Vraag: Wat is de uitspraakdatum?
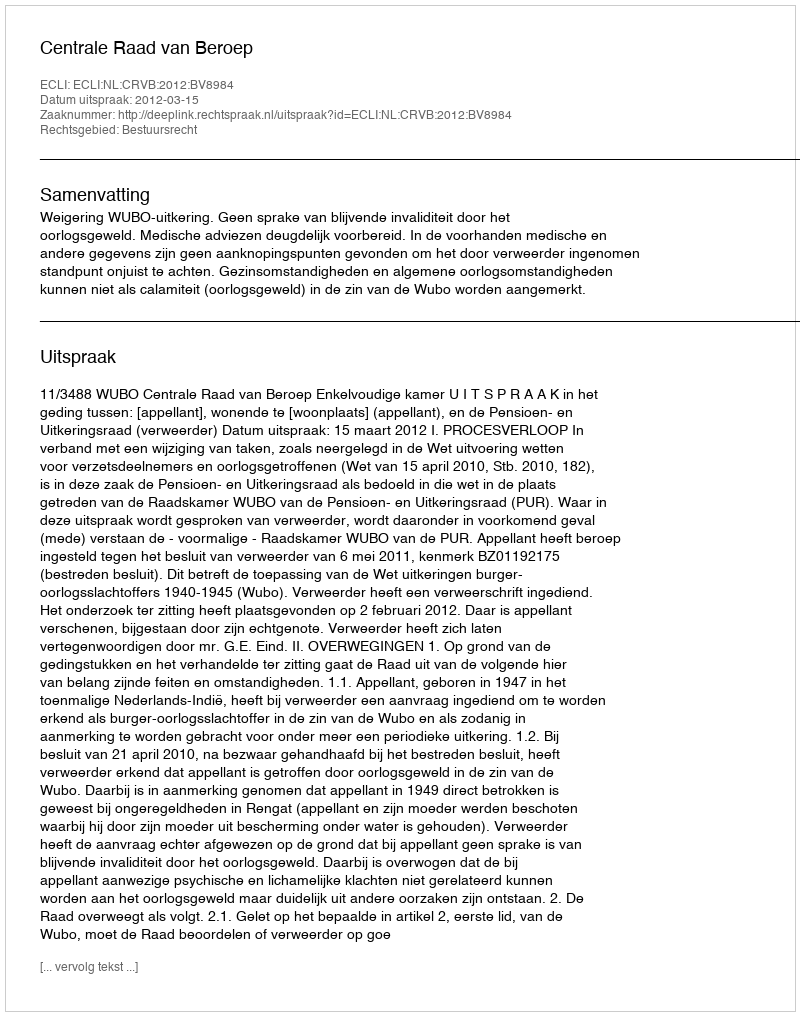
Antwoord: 2012-03-15